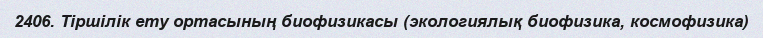
2406. Тіршілік ету ортасының биофизикасы (экологиялық биофизика, космофизика)